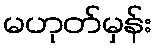
မဟုတ်မှန်း